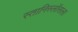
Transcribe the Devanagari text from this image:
स्तानिस्लॉसला